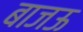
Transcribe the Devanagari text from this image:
बाजऊ